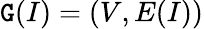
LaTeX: \mathtt{G}(I)=(V,E(I))